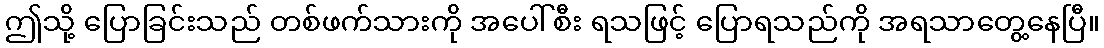
ဤသို့ ပြောခြင်းသည် တစ်ဖက်သားကို အပေါ်စီး ရသဖြင့် ပြောရသည်ကို အရသာတွေ့နေပြီ။